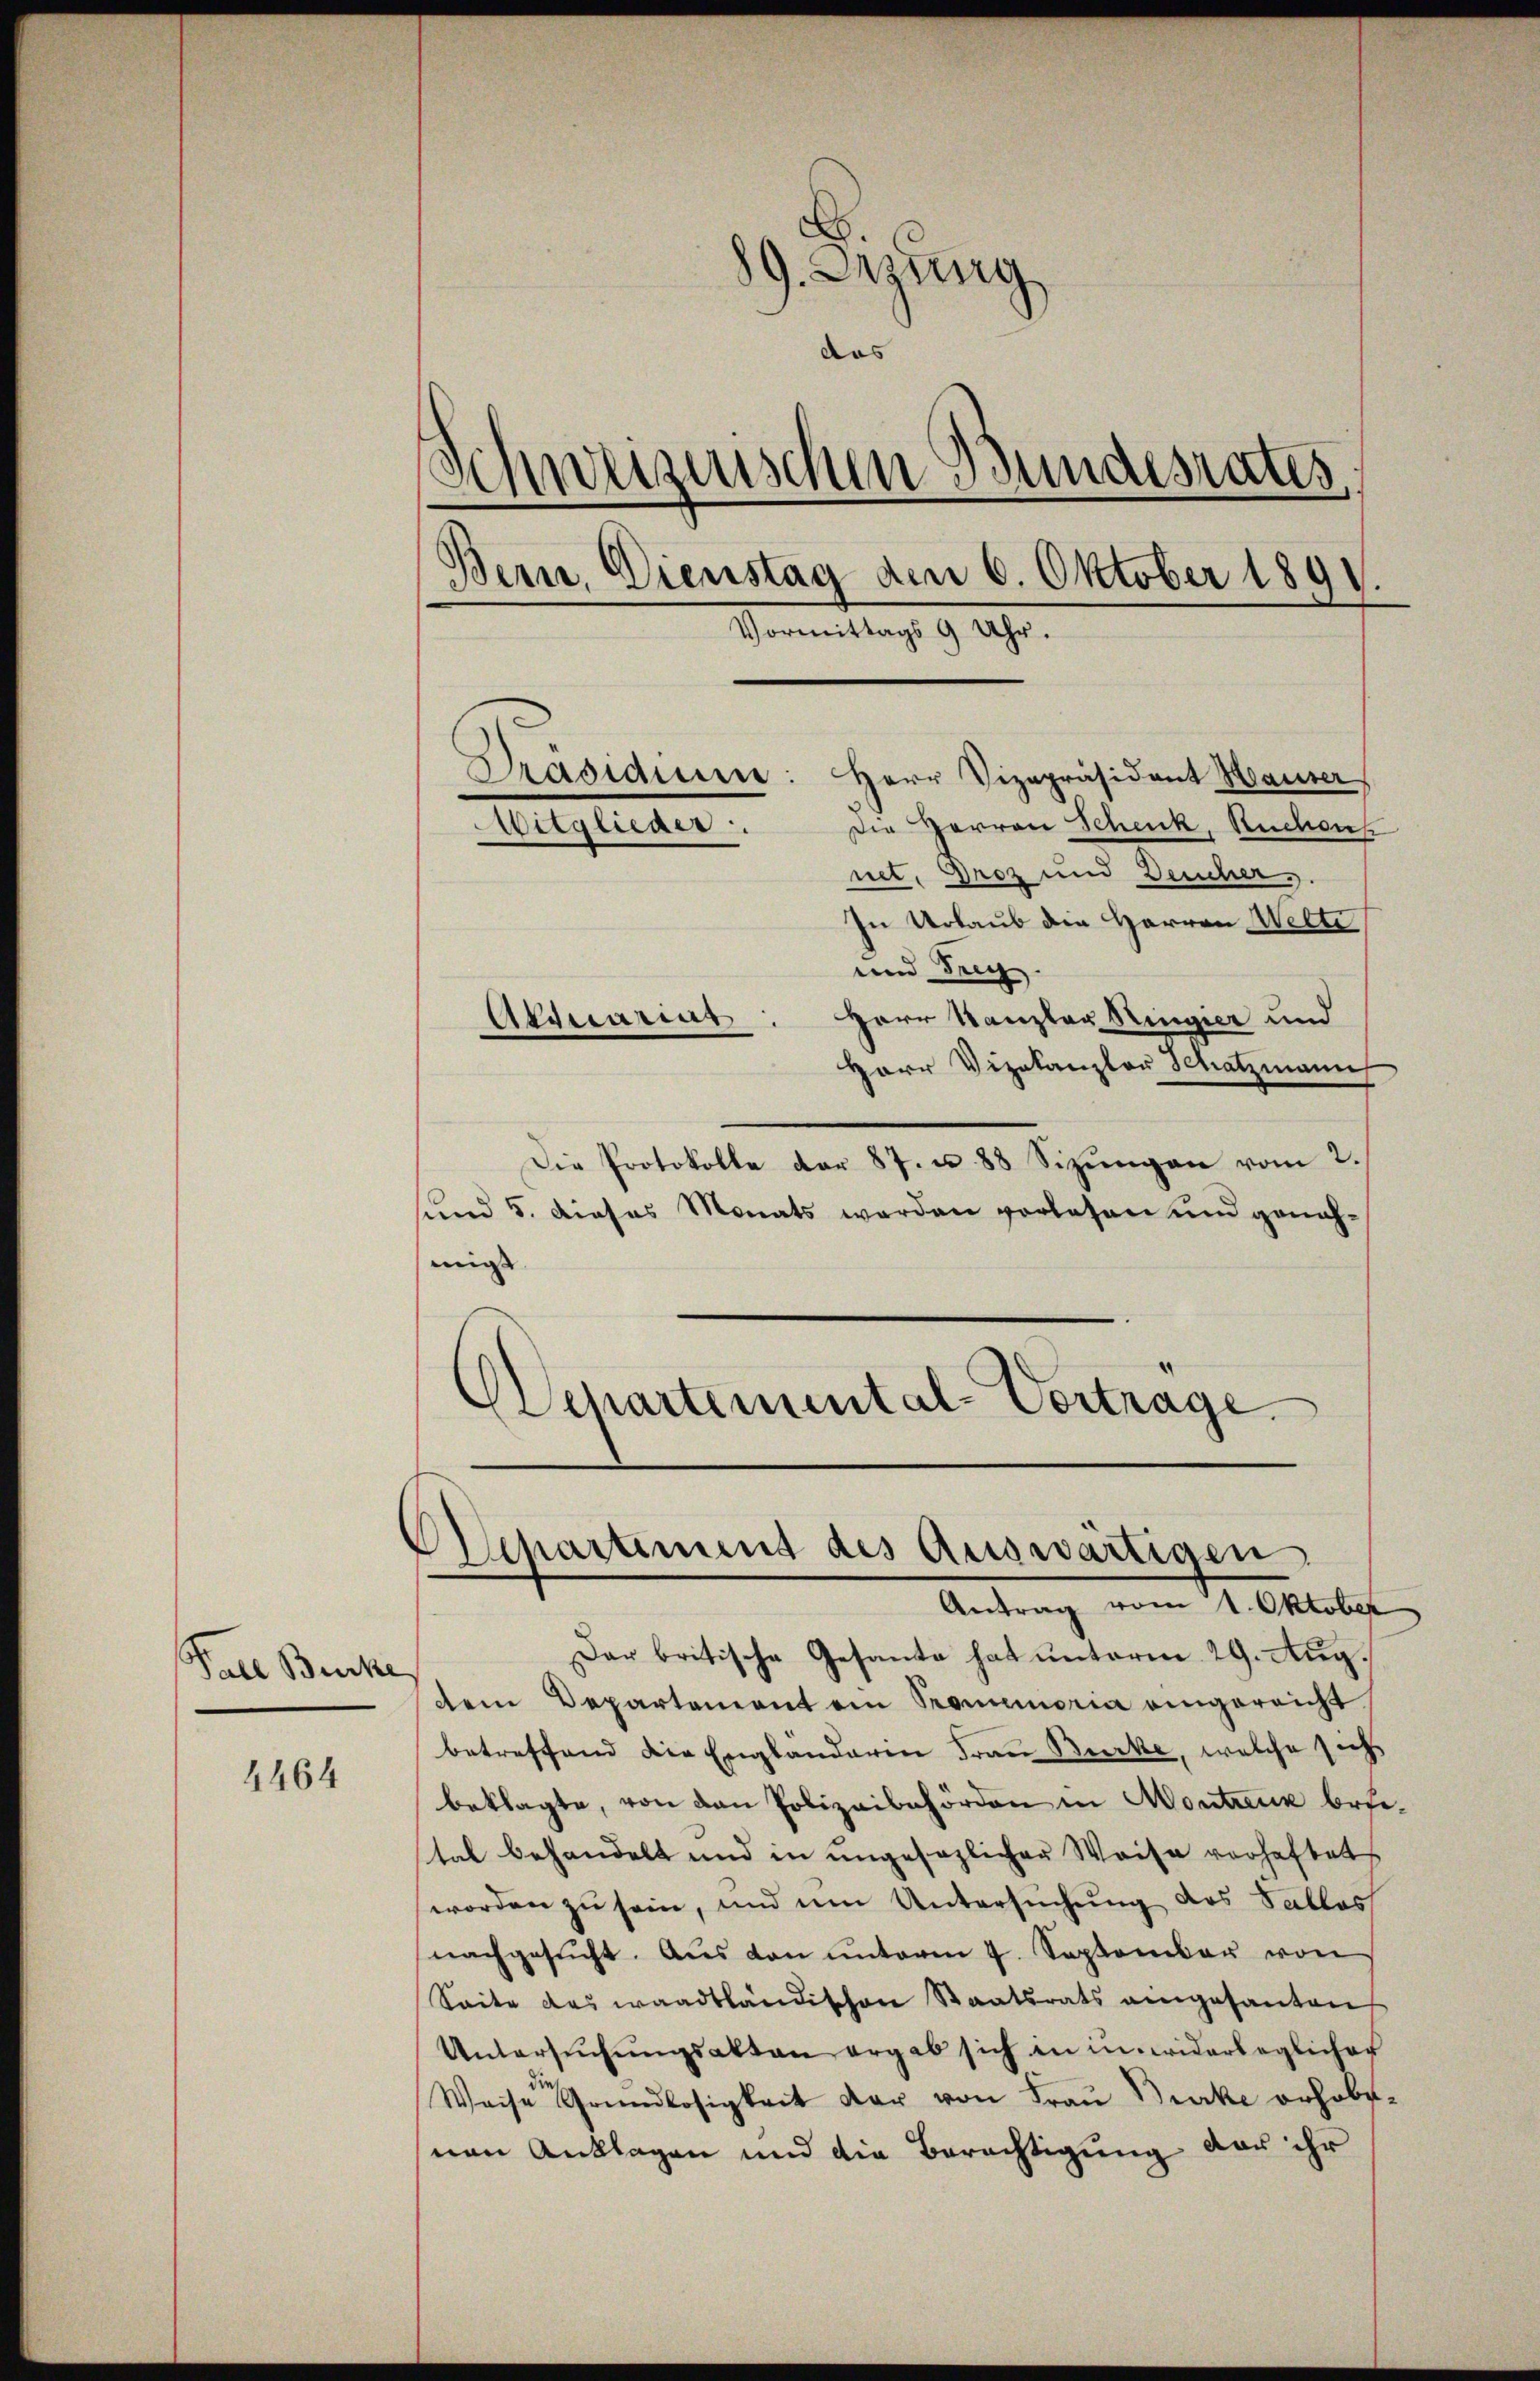
Fall Becke

4464

.

In Urlaub die Herren Welte
und Teig.
Herr Kanzler Ringier und
Herr Vizekanzler Schatzmann
Die Protokolle der 87. u. 88 Sizungen vom 2.
sund 5. dieses Monats werden vorlesen und genah-
migt
Departemental-Vortrage

9. Dezung
das
eiznischen Bundesrates
Bern. Dienstag den 6. Oktober 1891.
Vormittags 9 Uhr.
Präsidium
Herr Vizepräsident Hauser
Die Herren Schenk, Ruchon
Mitglieder.
mit. Droz und Deucher.

Akquariar

Departiment des Auswärtigen
Antrag vom 1. Oktober

Dar britische Gesante hat ŭnterm 29. Aŭg.
dem Departement ein Promemoria eingereicht
betreffend die Engländeren Frau Burke, welche sich
beklagte, von den Polizeibehörden in Montreux befetal behandelt und in ungesezlicher Weise verhaftet
worden zu sein, und um Untersuchung des Sallas
nachgesŭcht. Aŭs den unterm 4. September von
Seite des waadtländischen Staatsrats angesanten
Untersuchungsakten ergab sich in in widerlaglicher
Weise Grundlosigkeit der von Frau Burcke erhobenan Anklagen und die Berechtigung das ihr